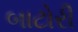
બાટોરી